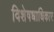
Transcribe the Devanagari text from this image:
विशेषधाधिकार